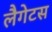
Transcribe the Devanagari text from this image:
लैगेटस